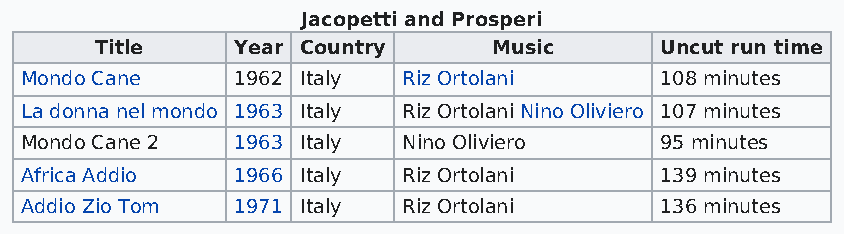
Jacopetti and Prosperi
 Title    Year Country      Music      Uncut run time
 Mondo Cane    1962 Italy  Riz Ortolani     108 minutes
 La donna nel mondo 1963 Italy Riz Ortolani Nino Oliviero 107 minutes
 Mondo Cane 2  1963 Italy  Nino Oliviero    95 minutes
 Africa Addio  1966 Italy  Riz Ortolani     139 minutes
 Addio Zio Tom 1971 Italy  Riz Ortolani     136 minutes